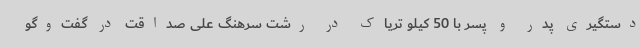
دستگیری پدر و پسر با 50 کیلو تریاک در رشت سرهنگ علی صداقت در گفت‌وگو